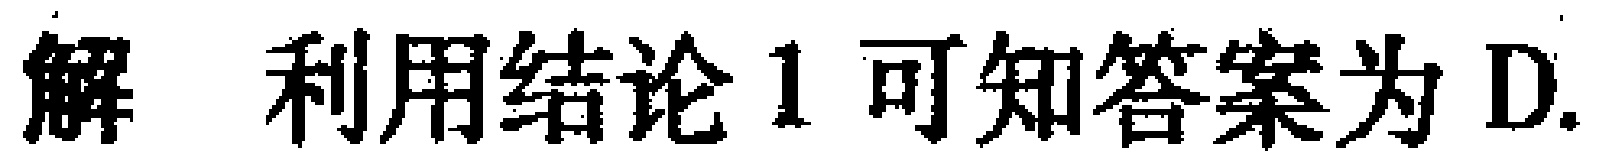
解 利用结论1可知答案为D.